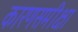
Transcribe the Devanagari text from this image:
कारणसमीक्षा